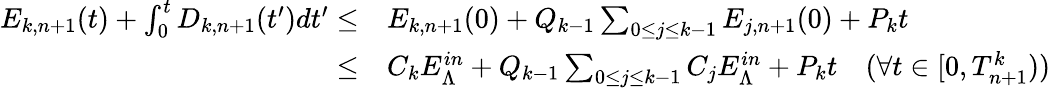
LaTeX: \begin{array}{rl}{E_{k,n+1}(t)+\int_{0}^{t}D_{k,n+1}(t^{\prime})dt^{\prime}\leq}&{E_{k,n+1}(0)+Q_{k-1}\sum_{0\leq j\leq k-1}E_{j,n+1}(0)+P_{k}t}\\ {\leq}&{C_{k}E_{\Lambda}^{in}+Q_{k-1}\sum_{0\leq j\leq k-1}C_{j}E_{\Lambda}^{in}+P_{k}t\quad(\forall t\in[0,T_{n+1}^{k}))}\end{array}